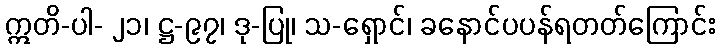
ဣတိ-ပါ- ၂၁၊ ဋ္ဌ-၉၇၊ ဒု-ပြု၊ သ-ရှောင်၊ ခနောင်ပပန်ရတတ်ကြောင်း